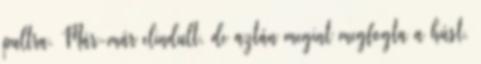
pultra. Már-már elindult, de aztán megint megfogta a húst.